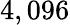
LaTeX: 4,096